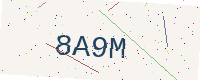
Text: 8A9M